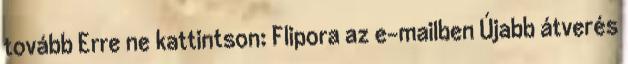
tovább Erre ne kattintson: Flipora az e-mailben Újabb átverés